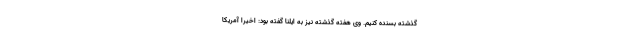
گذشته بسنده کنیم. وی هفته گذشته نیز به ایلنا گفته بود: اخیرا آمریکا